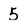
Character: 5